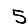
Digit: 5